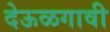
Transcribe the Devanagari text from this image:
देऊळगावी